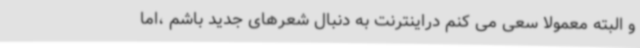
و البته معمولا سعی می کنم دراینترنت به دنبال شعرهای جدید باشم ،اما